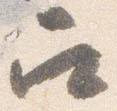
召